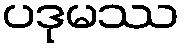
ပဒုမဿ